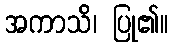
အကာသိ၊ ပြု၏။